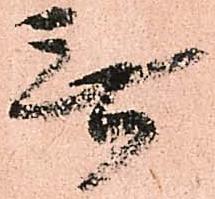
無